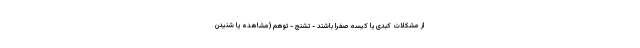
از مشکلات کبدی یا کیسه صفرا باشند - تشنج - توهم (مشاهده یا شنیدن